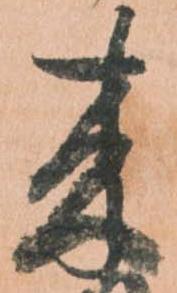
来